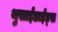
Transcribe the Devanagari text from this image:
थुसाईडाईड्स